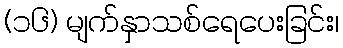
(၁၆) မျက်နှာသစ်ရေပေးခြင်း၊